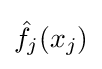
{\hat {f}}_{j}(x_{j})